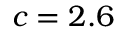
c = 2 . 6